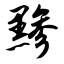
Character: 黪